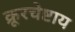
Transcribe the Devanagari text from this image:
क्रूरचेष्टाय